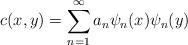
LaTeX: \begin{align*} c(x,y)=\sum_{n=1}^\infty a_n\psi_n(x)\psi_n(y) \end{align*}